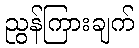
ညွန်ကြားချက်